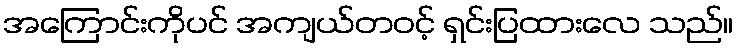
အကြောင်းကိုပင် အကျယ်တဝင့် ရှင်းပြထားလေ သည်။